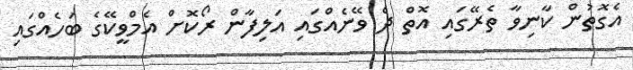
އެގޮތުން ކާނިވާ ތެރޭގައި އޮތް ދެ ވޭނެއްގައި އަލިފާން ރޯކޮށް އެމްވީކޭގެ ބަހެއްގައި